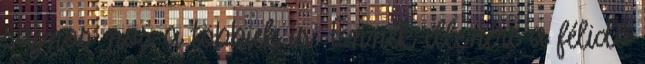
sajnos nos a többiek is. Ennek ellenére a félidő